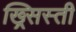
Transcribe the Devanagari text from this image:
ख्र्सिस्ती